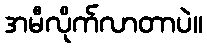
အမီလိုက်လာတာပဲ။